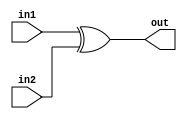
module Bit_Xor(in1,in2,out);
  input [15:0] in1,in2;
  output [15:0] out;
  assign out = in1 ^ in2;
endmodule